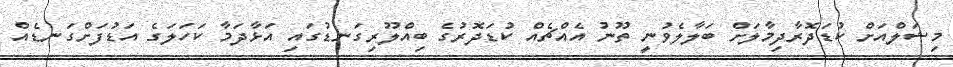
މިޝަލްއަށް ކުޑަދޮރާދިމާލަށް ބަލާލެވުނީ ތޫނު އެއްޗެއް ކުޑަދޮރުގެ ބިއްލޫރިގަނޑުގައި އަޅާދަމާ ކަހަލަގެ އަޑުފަށްގަނޑެއް